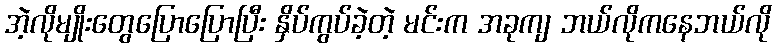
အဲ့လိုမျိုးတွေပြောပြောပြီး နှိပ်ကွပ်ခဲ့တဲ့ မင်းက အခုကျ ဘယ်လိုကနေဘယ်လို